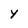
Character: y